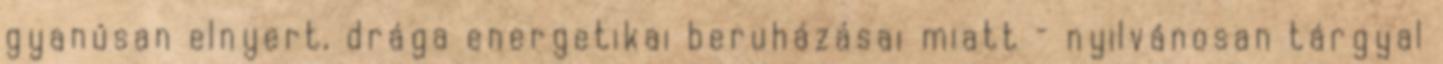
gyanúsan elnyert, drága energetikai beruházásai miatt – nyilvánosan tárgyal